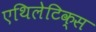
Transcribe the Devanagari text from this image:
एथिलेटिक्स